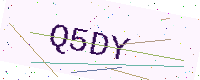
Text: Q5DY